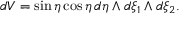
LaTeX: d V = \sin \eta \cos \eta \, d \eta \wedge d \xi _ { 1 } \wedge d \xi _ { 2 } .